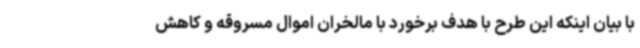
با بیان اینکه این طرح با هدف برخورد با مالخران اموال مسروقه و کاهش